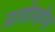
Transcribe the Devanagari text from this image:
प्रतोलोम